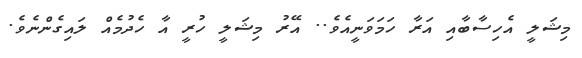
މިޝަލީ އެހިސާބާއި އަރާ ހަމަވަނީއެވެ.. އޭރު މިޝަލީ ހުރީ އާ ހެދުމެއް ލައިގެންނެވެ.